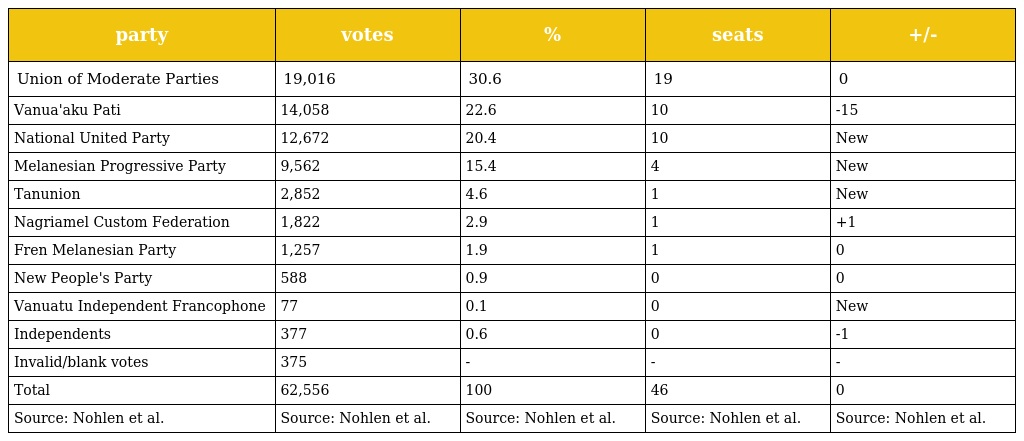
| party | votes | % | seats | +/- |
 | --- | --- | --- | --- | --- |
 | Union of Moderate Parties | 19,016 | 30.6 | 19 | 0 |
 | Vanua'aku Pati | 14,058 | 22.6 | 10 | -15 |
 | National United Party | 12,672 | 20.4 | 10 | New |
 | Melanesian Progressive Party | 9,562 | 15.4 | 4 | New |
 | Tanunion | 2,852 | 4.6 | 1 | New |
 | Nagriamel Custom Federation | 1,822 | 2.9 | 1 | +1 |
 | Fren Melanesian Party | 1,257 | 1.9 | 1 | 0 |
 | New People's Party | 588 | 0.9 | 0 | 0 |
 | Vanuatu Independent Francophone | 77 | 0.1 | 0 | New |
 | Independents | 377 | 0.6 | 0 | -1 |
 | Invalid/blank votes | 375 | - | - | - |
 | Total | 62,556 | 100 | 46 | 0 |
 | Source: Nohlen et al. | Source: Nohlen et al. | Source: Nohlen et al. | Source: Nohlen et al. | Source: Nohlen et al. |